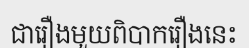
ជារឿងមួយពិបាករឿងនេះ